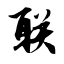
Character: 联